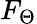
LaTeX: F_{\Theta}